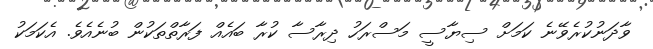
ވާދަނުކުރެވޭނެ ކަމަށް ސިޔާސީ މަސްރަހު ދިރާސާ ކުރާ ބައެއް ފަރާތްތަކުން ބުނެއެވެ. އެކަމަކު